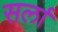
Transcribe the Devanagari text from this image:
सर्ला